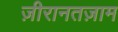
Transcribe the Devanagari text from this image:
ज़ीरानतज़ाम